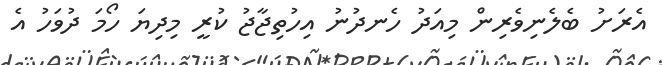
އެރަށު ބެލެނިވެރިން މިއަދު ހެނދުނު އިހުތިޖާޖު ކުރީ މިދިޔަ ހޯމަ ދުވަހު އެ